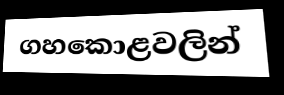
ගහකොළවලින්